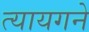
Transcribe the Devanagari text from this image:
त्यायगने